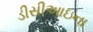
ડીસીઆઇના